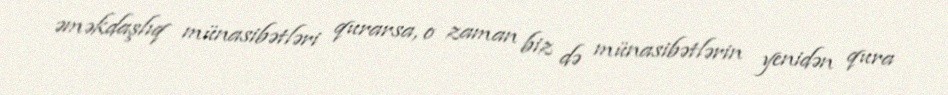
əməkdaşlıq münasibətləri qurarsa, o zaman biz də münasibətlərin yenidən qura